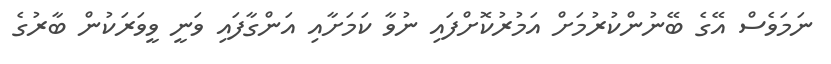
ނަމަވެސް އޭގެ ބޭނުންކުރުމަށް އަމުރުކޮށްފައި ނުވާ ކަމަށާއި އަންގާފައި ވަނީ ވީވަރަކުން ބާރުގެ